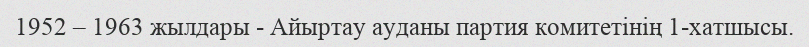
1952 – 1963 жылдары - Айыртау ауданы партия комитетінің 1-хатшысы.